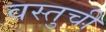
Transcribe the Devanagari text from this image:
वस्तुची